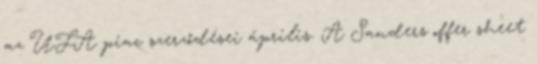
az UFA piac szerződései április. A Sanders offer sheet